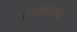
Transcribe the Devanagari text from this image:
तेलगिरण्या